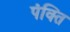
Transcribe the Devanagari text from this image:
पंक्‍ति